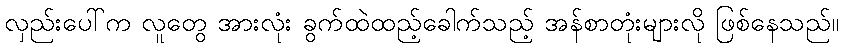
လှည်းပေါ်က လူတွေ အားလုံး ခွက်ထဲထည့်ခေါက်သည့် အန်စာတုံးများလို ဖြစ်နေသည်။